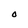
Character: O